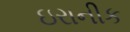
ઇરાનીક